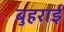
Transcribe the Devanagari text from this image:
बुहराई